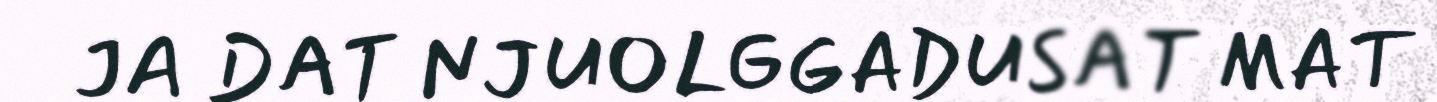
JA DAT NJUOLGGADUSAT MAT